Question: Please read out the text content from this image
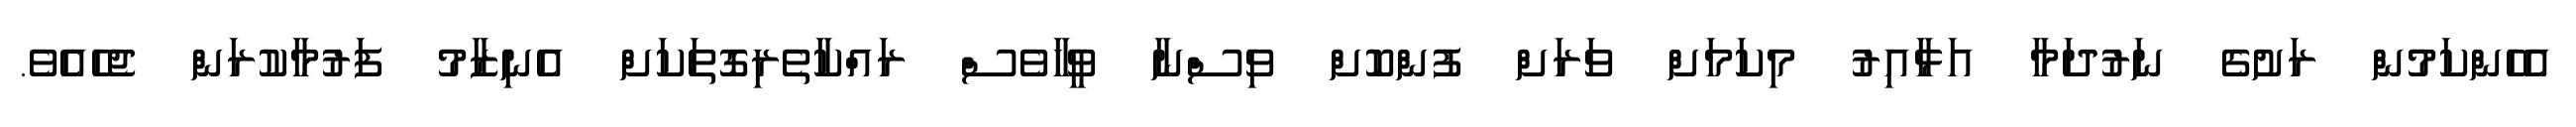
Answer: އެހެންކަމުން ރަށުގެ ނަރުދަމާ އަޅާއިރު މިކަމަށް ވަރަށް ފުންކޮށް ވިސްނާ ވީހާވެސް ރައްކާތެރިގޮތަކަށް އެނިޒާމު ފަރުމާކުރަން ޖެހެއެވެ.